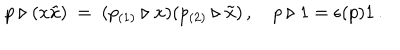
LaTeX: p \triangleright ( x \tilde { x } ) \ = \ ( p _ { ( 1 ) } \triangleright x ) ( p _ { ( 2 ) } \triangleright \tilde { x } ) \, , \quad p \triangleright 1 = \epsilon ( p ) 1 \, .